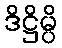
ဒိဋ္ဌိမ္ပိ